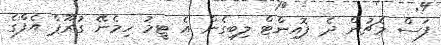
ފަސް މެޗުން ދެ ޕޮއިންްޓް ލިބިގެން އެ ޓީމު ހިމެނޭ ގުރޫޕް އެފްގެ